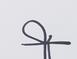
Signature authenticity: forged